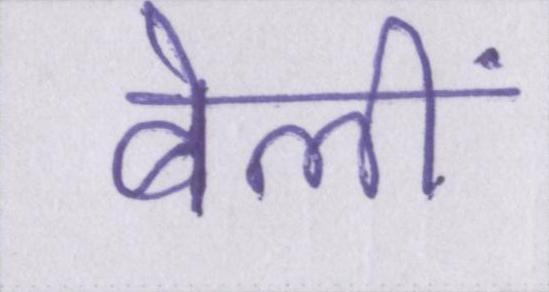
बेलीं